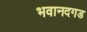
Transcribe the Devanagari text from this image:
भवानदगड